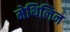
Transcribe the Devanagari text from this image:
मेथिलिन